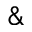
\&